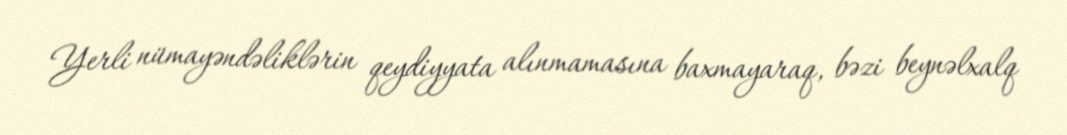
Yerli nümayəndəliklərin qeydiyyata alınmamasına baxmayaraq, bəzi beynəlxalq